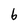
Character: b